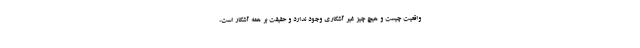
واقعیت چیست و هیچ چیز غیر آشکاری وجود ندارد و حقیقت بر همه آشکار است،